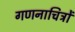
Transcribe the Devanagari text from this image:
गणनाचित्रों